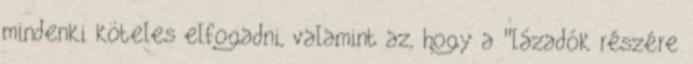
mindenki köteles elfogadni, valamint az, hogy a "lázadók részére